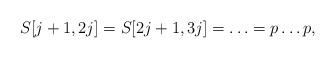
LaTeX: \begin{align*}S[j+1,2j] = S[2j+1,3j] = \ldots = p\ldots p,\end{align*}